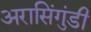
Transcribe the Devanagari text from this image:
अरासिंगुंडी